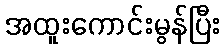
အထူးကောင်းမွန်ပြီး